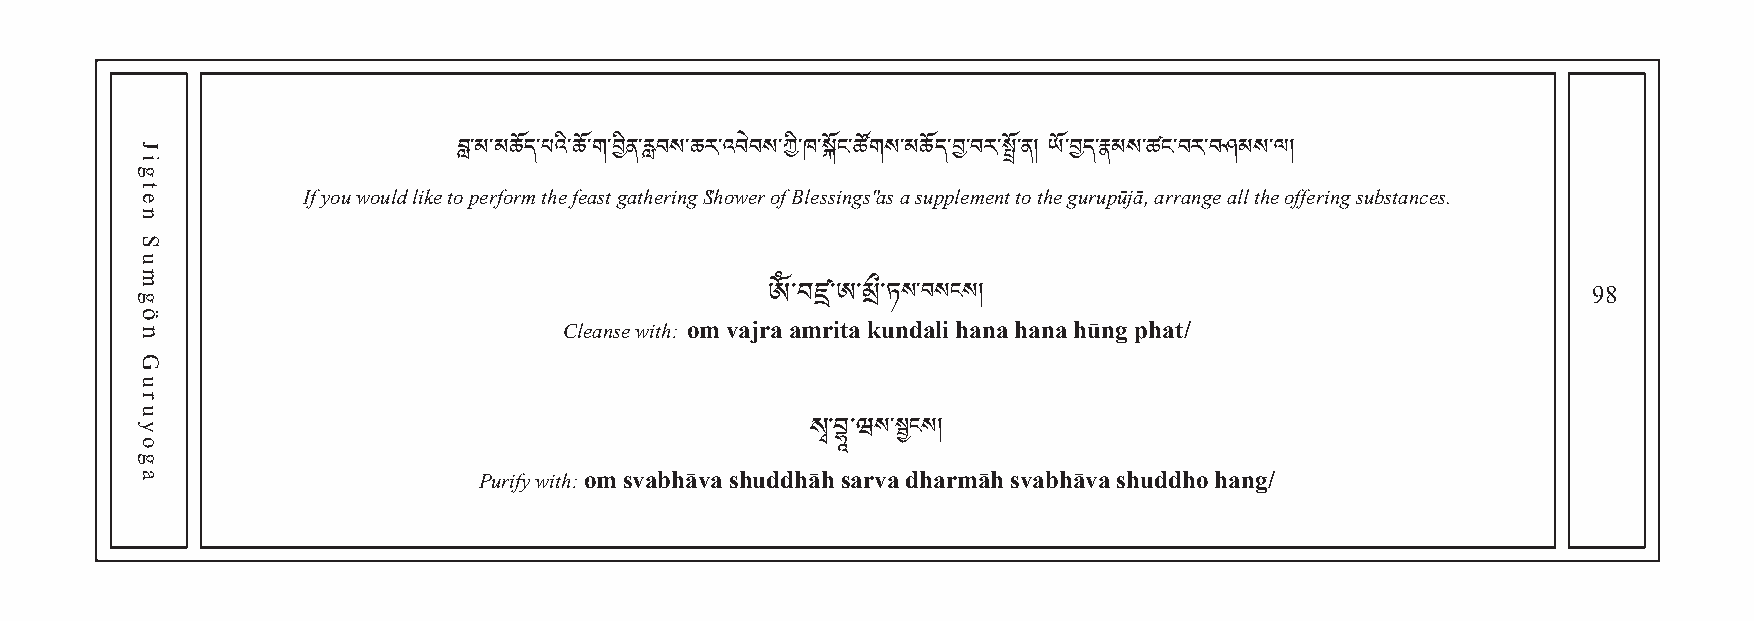
If you would like toབླ p་མer་མfoཆrmོད ་པthའeི ་ཆfeོa་གst་ བgིནat་རླheབrསin་gཆ S"རh་འowབeེབrས o་fཀ Bི་ ཁle་sསsiོངn་gཚsོག "aསs a་མ sཆupོདp་བle་mབརen་སྤt tོ་oན །t hཡe ོ་gབuདr་uརྣpམūསjā་,ཚ aངrr་བanརg་བe ཤalམl tསh་eལ o།ffering substances.
 98
 Cleanse with: om vajra amrita kundali hana hana hūng phat/
 ས་བསངས།
 ༀ་བཛྲ་ཨ་མྲ�་ཏ
 Purify with: om svabhāva shuddhāh sarསva་སྦྱ dངhསa།rmāh svabhāva shuddho hang/
 སྭ་བྷཱ་ཝ
 Jigten
 Sumgön
 Guruyoga